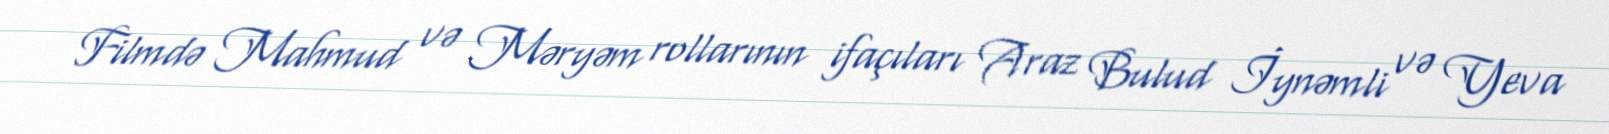
Filmdə Mahmud və Məryəm rollarının ifaçıları Araz Bulud İynəmli və Yeva